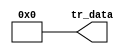
module limbus_cpu_cpu_nios2_oci_pib (
                                       tr_data
                                    )
;
  output  [ 35: 0] tr_data;
  wire    [ 35: 0] tr_data;
  assign tr_data = 0;
endmodule